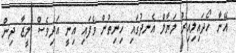
އޭނާ ހޯދައިލިއިރު ލަޔާލް އެނދުގައި ހިނިތުން ވެފައި އިނީ އަދިވެސް ލީޒާ ދިން